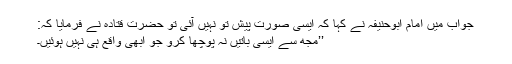
جواب میں امام ابوحنیفہ نے کہا کہ ایسی صورت پیش تو نہیں آئی تو حضرت قتادہ نے فرمایا کہ:
’’مجھ سے ایسی باتیں نہ پوچھا کرو جو ابھی واقع ہی نہیں ہوئیں۔